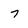
Character: 7